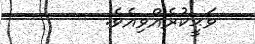
ވަޙީކުރެއްވިއެވެ.